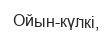
Ойын-күлкi,